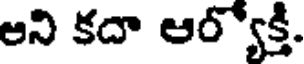
అని కదా ఆర్యోక్తి.